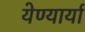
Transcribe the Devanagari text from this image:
येण्यार्या